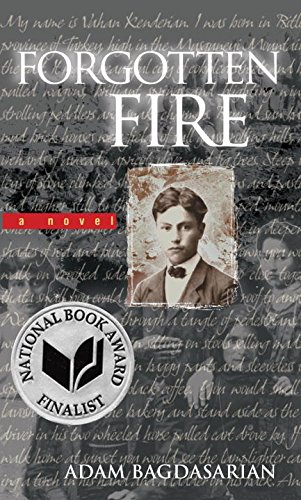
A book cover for Forgotten Fire; Adam Bagdasarian; Teen & Young Adult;